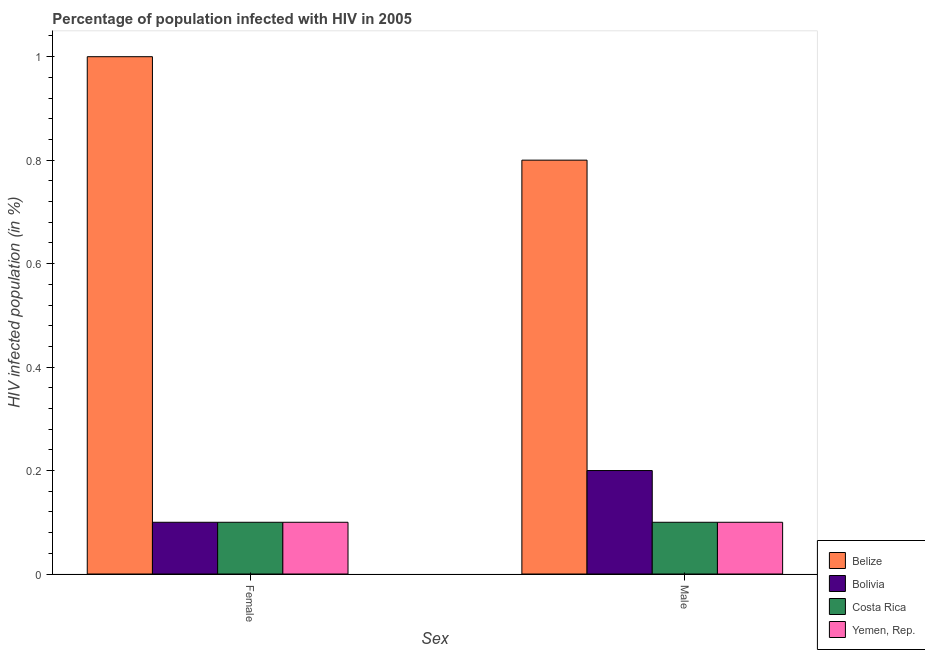
| Sex | Belize | Bolivia | Costa Rica | Yemen, Rep. |
 | --- | --- | --- | --- | --- |
 | Female | 1 | 0.1 | 0.1 | 0.1 |
 | Male | 0.8 | 0.2 | 0.1 | 0.1 |